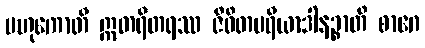
ဗဟုကောတိ ဣတရီတရဿ ဇီဝိတပရိယာဒါနဉ္စာတိ စာဂေ